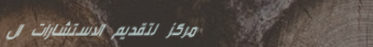
مركز لتقديم الاستشارات ال